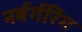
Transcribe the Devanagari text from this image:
नर्बर्गरिंग